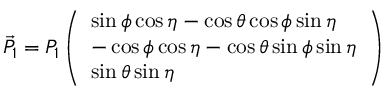
\vec { P } _ { 1 } = P _ { 1 } \left( \begin{array} { l } { \sin \phi \cos \eta - \cos \theta \cos \phi \sin \eta } \\ { - \cos \phi \cos \eta - \cos \theta \sin \phi \sin \eta } \\ { \sin \theta \sin \eta } \end{array} \right)